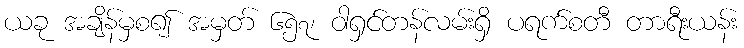
ယခု အချိန်မှစ၍ အမှတ် ၆၅၇၊ ဝါရှင်တန်လမ်းရှိ ပရက်စတီ တာရီးယန်း